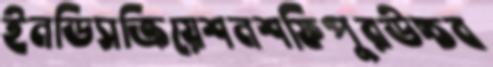
ইনডিসক্রিয়েশনশফিপুরউচ্চব